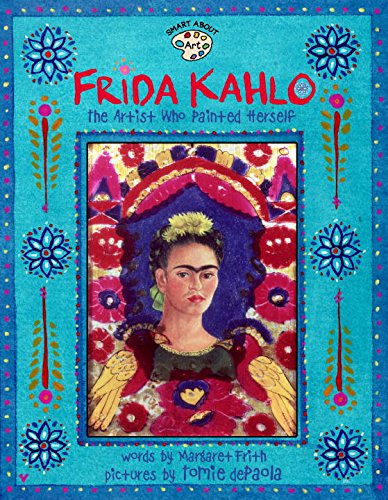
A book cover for Frida Kahlo: The Artist who Painted Herself (Smart About Art); Margaret Frith; Children's Books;